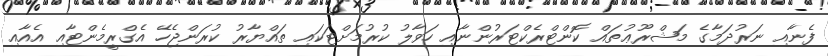
ފެނާއި ނަރުދަމާގެ މަޝްރޫޢުތައް ކޮންޓްރެކްޓަރުންނާއި ހަވާލު ކުރުމަށްޓަކައި ތައްޔާރު ކުރަންޖެހޭ އެގްރީމެންޓާއި އެއާއި